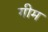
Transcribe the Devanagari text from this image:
गीम